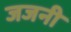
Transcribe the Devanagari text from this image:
जजनी